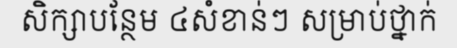
សិក្សាបន្ថែម ៤សំខាន់ៗ សម្រាប់ថ្នាក់